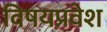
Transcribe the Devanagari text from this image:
विषयप्रवेश